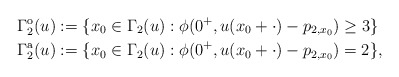
\begin{align*} \Gamma_2^{\mathrm{o}}(u) &:= \{x_0 \in \Gamma_2(u) : \phi(0^+, u(x_0+\cdot)-p_{2,x_0}) \geq 3\}\\ \Gamma_2^{\mathrm{a}}(u) &:= \{x_0 \in \Gamma_2(u) : \phi(0^+, u(x_0+\cdot)-p_{2,x_0}) = 2\}, \end{align*}